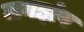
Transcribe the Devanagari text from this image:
जगझंप